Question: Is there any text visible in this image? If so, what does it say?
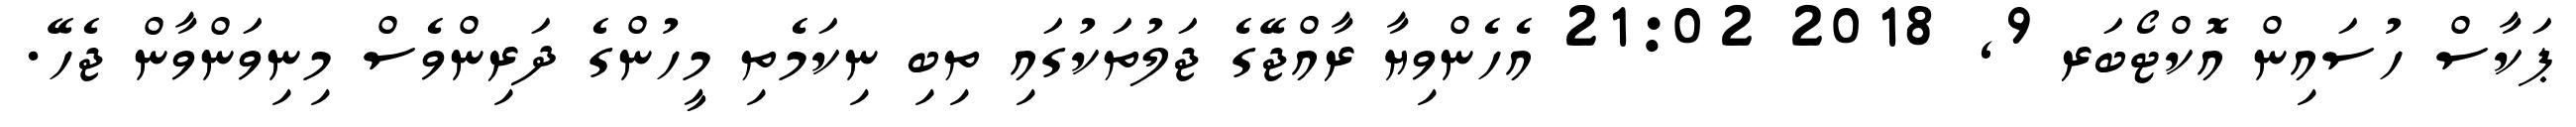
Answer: ޕަކާސް ހުސައިން އޮކްޓޯބަރ 9, 2018 21:02 އެހެންވިޔާ ރާއްޖޭގެ ޖަލުތަކުގައި ތިބި ނިކަމެތި މީހުންގެ ދަރިންވެސް މިނިވަންވާން ޖެހޭ.